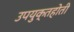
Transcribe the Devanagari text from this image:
उपयुक्तहोती